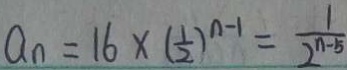
a _ { n } = 1 6 \times ( \frac { 1 } { 2 } ) ^ { n - 1 } = \frac { 1 } { 2 ^ { n - 5 } }